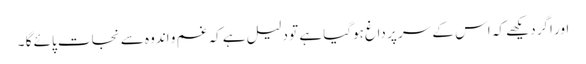
اور اگر دیکھے کہ اس کے سر پر داغ ہوگیا ہے تو دلیل ہے کہ غم و اندوہ سے نجات پائے گا ۔